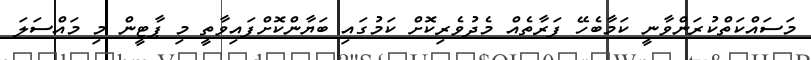
މަސައްކަތްކުރަންވާނީ ކަމާބެހޭ ފަރާތެއް މެދުވެރިކޮށް ކަމުގައި ބަޔާންކޮށްފައިވާތީ މި ޕާޓީން މި މައްސަލަ